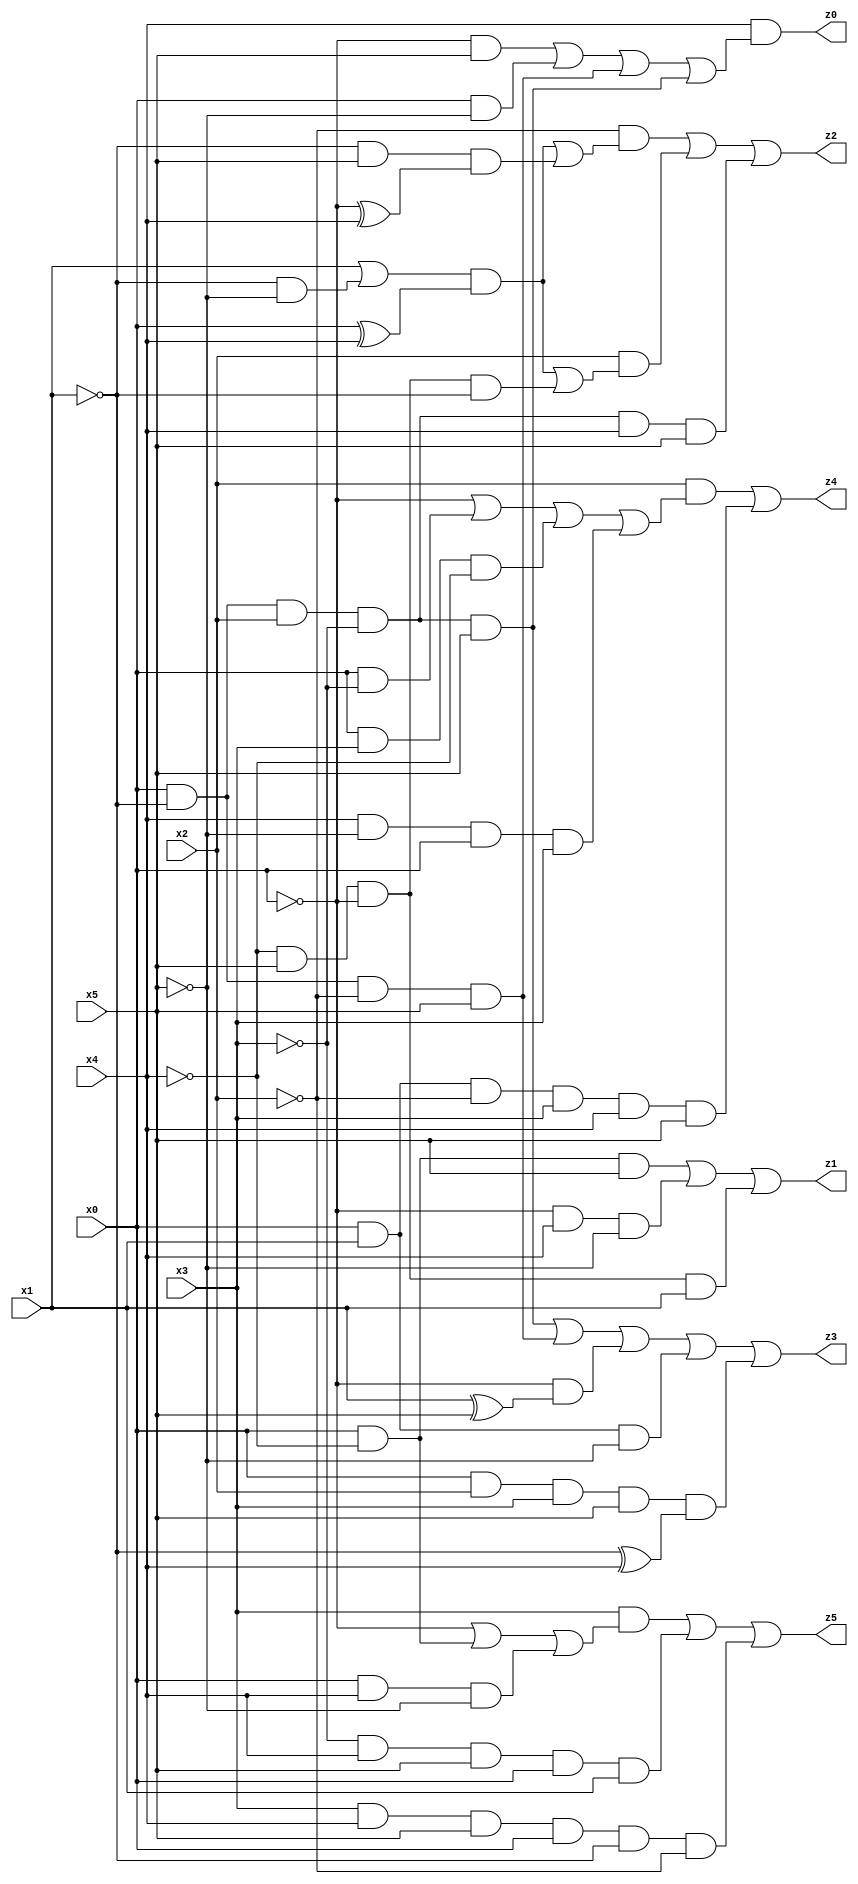
// Benchmark "X_39" written by ABC on Thu Jun 29 03:18:08 2023

module X_39 ( 
    x0, x1, x2, x3, x4, x5,
    z0, z1, z2, z3, z4, z5  );
  input  x0, x1, x2, x3, x4, x5;
  output z0, z1, z2, z3, z4, z5;
  assign z0 = x4 & ((~x0 & x5) | (x0 & ~x5) | (x0 & ~x1 & ~x2 & x5) | (x0 & ~x1 & x2 & ~x3 & x5));
  assign z1 = (x0 & ~x4 & x5) | (~x0 & x4 & ~x5) | (~x4 & x5 & ~x0 & x1);
  assign z2 = (~x2 & (((x1 | (~x1 & ~x5)) & (x0 ^ x4)) | (~x1 & x5 & (~x0 ^ x4)))) | (x2 & (((x1 | (~x1 & ~x5)) & (x0 ^ x4)) | (~x4 & x5 & ~x0 & ~x1))) | (x0 & ~x1 & x2 & ~x3 & x4 & x5);
  assign z3 = (x0 & ~x1 & x2 & ~x3 & x5) | (x0 & ~x1 & ~x2 & x5) | (~x0 & (x1 ^ x5)) | (x0 & x1 & ~x5) | (x0 & x2 & x3 & x5 & (~x1 ^ x4));
  assign z4 = (x2 & (~x0 | (x0 & ~x3) | (x0 & x3 & ~x4) | (x4 & ~x5 & x0 & x3))) | (x0 & x1 & ~x2 & x3 & x4 & x5);
  assign z5 = (x3 & (~x0 | (x0 & ~x4) | (x0 & x4 & ~x5))) | (~x3 & x4 & x5 & x0 & x1) | (x3 & x4 & x5 & x0 & ~x1 & ~x2);
endmodule